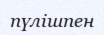
пүлішпен